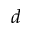
d